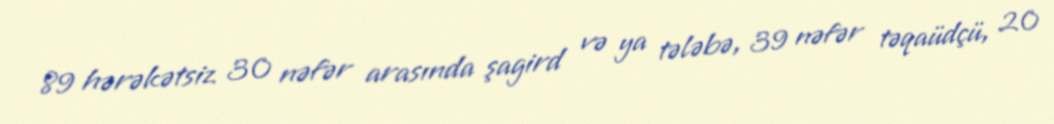
89 hərəkətsiz 30 nəfər arasında şagird və ya tələbə, 39 nəfər təqaüdçü, 20